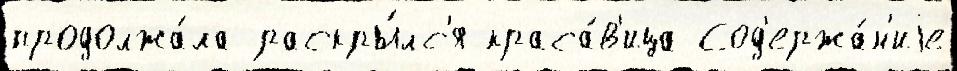
продолжа́ла раскры́лс'я краса́в'ица Сод'ержа́н'иjе